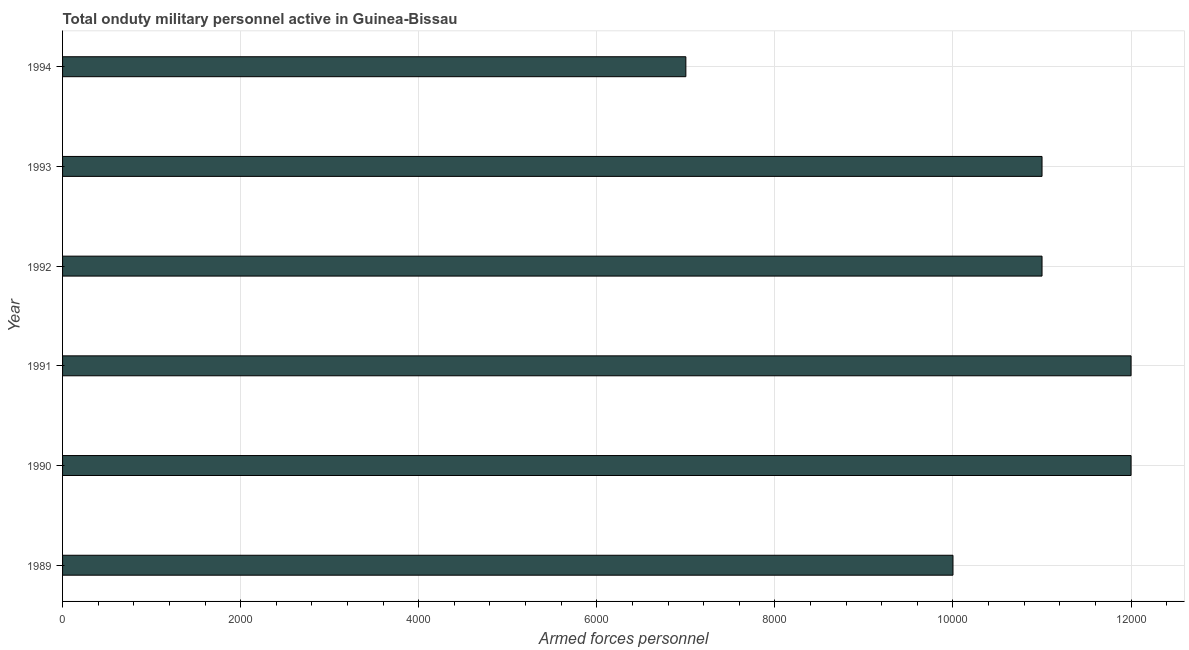
| Year | Armed forces personnel |
 | --- | --- |
 | 1989 | 1e+04 |
 | 1990 | 1.2e+04 |
 | 1991 | 1.2e+04 |
 | 1992 | 1.1e+04 |
 | 1993 | 1.1e+04 |
 | 1994 | 7e+03 |